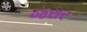
જરાર